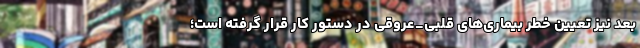
بعد نیز تعیین خطر بیماری‌های قلبی_عروقی در دستور کار قرار گرفته است؛